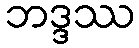
ဘဒ္ဒဿ